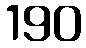
190